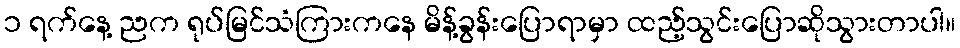
၁ ရက်နေ့ ညက ရုပ်မြင်သံကြားကနေ မိန့်ခွန်းပြောရာမှာ ထည့်သွင်းပြောဆိုသွားတာပါ။